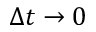
\Delta t \rightarrow 0